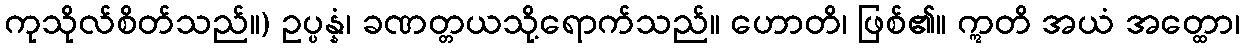
ကုသိုလ်စိတ်သည်။) ဥပ္ပန္နံ၊ ခဏတ္တယသို့ရောက်သည်။ ဟောတိ၊ ဖြစ်၏။ ဣတိ အယံ အတ္ထော၊